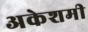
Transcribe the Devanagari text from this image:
अकेशमी